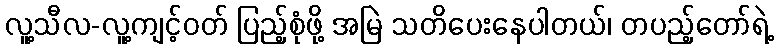
လူ့သီလ-လူ့ကျင့်ဝတ် ပြည့်စုံဖို့ အမြဲ သတိပေးနေပါတယ်၊ တပည့်တော်ရဲ့